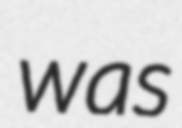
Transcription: was